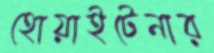
হোয়াইটেনার